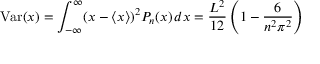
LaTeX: \mathrm { V a r } ( x ) = \int _ { - \infty } ^ { \infty } ( x - \langle x \rangle ) ^ { 2 } P _ { n } ( x ) \, d x = { \frac { L ^ { 2 } } { 1 2 } } \left( 1 - { \frac { 6 } { n ^ { 2 } \pi ^ { 2 } } } \right)